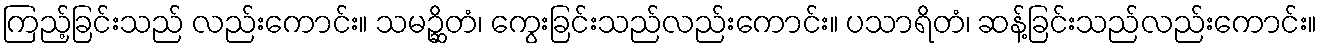
ကြည့်ခြင်းသည် လည်းကောင်း။ သမဉ္ဆိတံ၊ ကွေးခြင်းသည်လည်းကောင်း။ ပသာရိတံ၊ ဆန့်ခြင်းသည်လည်းကောင်း။